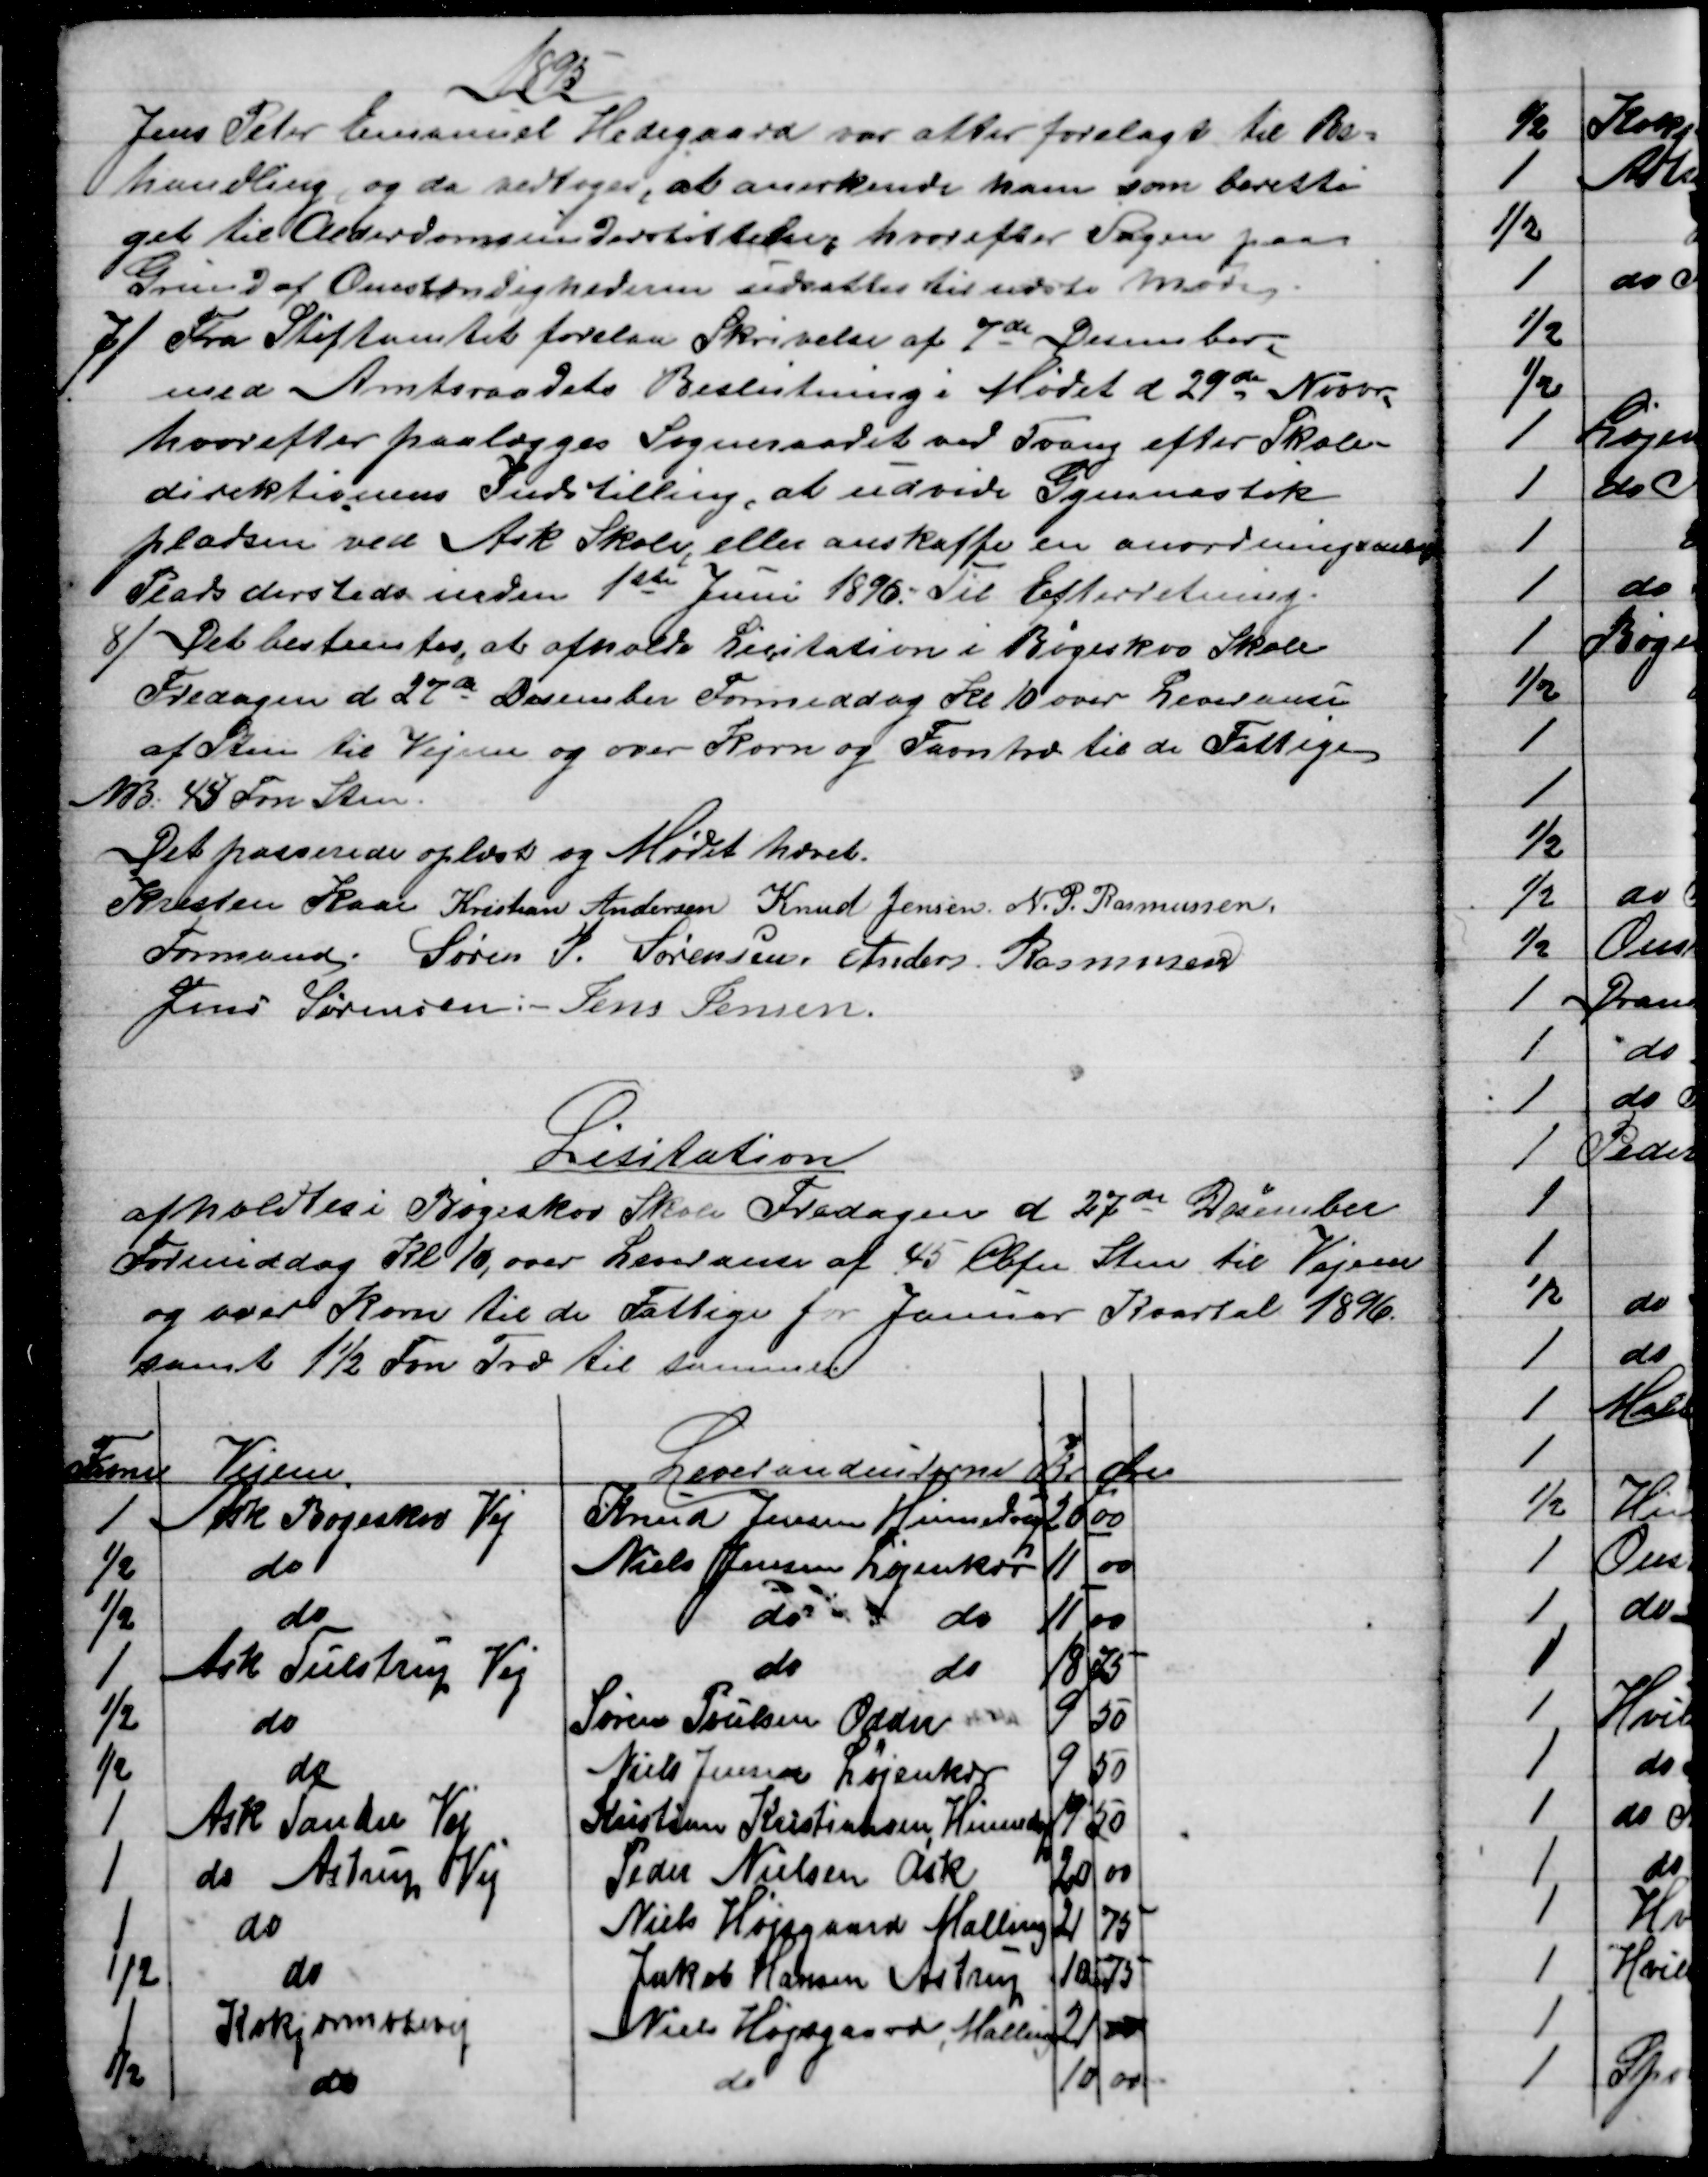
Transskription:
1895
Jens Peter Emanuel Hedegaard var atter foreslagt til Be=
handling, og da vedtoges, at anerkende ham som beretti
get til Alderdomsunderstøttelse, hvorefter Sagen paa
Grund af Omstændighederne udsattes til næste Møde.
7) 
Fra Stiftamtet forelaa Skrivelse af 7de December
med Amtsraadets Beslutning i Mødet d 29de Novbr.
hvorefter paalægges Sogneraadet ved Tvang efter Skole-
direktionens Indstilling, at udvide Gymnastik
pladsen ved Ask Skole, eller anskaffe en anordningsmæssig
Plads dersteds inden 1ste Juni 1896. Til Efterretning.
8)
Det bestemtes, at afholde Licitation i Bøgeskov Skole
Fredagen d 27de December Formiddag Kl 10 over Leveranse
af Sten til Vejene og over Korn og Favntræ til de Fattige
NB: 45 Fvn Sten.
Det passerede oplæst og Mødet hævet.
Kresten Kaae 
Formand. 
Kristian Andersen Knud Jensen. N. P. Rasmussen.
Søren P. Sørensen, Anders Rasmussen
Jens Sørensen: -  Jens Jensen.
Lisitation
afholdtes i Bøgeskov Skole Fredagen d 27de December
Formiddag Kl. 10, over Leveranse af 45 Cbfv Sten til Vejene
og over Korn til de Fattige for Januar Kvartal 1896.
samt 1½ Fvn Træ til samme.
Favne
Vejene.
Leverandeurerne
Kr
Øre
1
Ask Bøgeskov Vej
Knud Jensen Hinnedrup
20
00
½
do
Niels Jensen Løjenkær
11
00
½
do
do 
do
11
00
1
Ask Tulstrup Vej
do
do
18
75
½
do
Søren Poulsen Odder 
9
50
½
do
Niels Jensen Løjenkær
9
50
1
Ask Tander Vej
Kristine Kristiansen, Hinnedp
19
50
1
do Astrup Vej
Peder Nielsen Ask
20
00
1
do
Niels Højsgaard Malling
21
75
½
do
Jakob Hansen Astrup
10
75
1
Kokjærmosevej
Niels Højsgaard, Malling
21
00
½
do
do
10
00